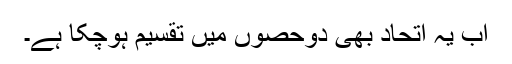
اب یہ اتحاد بھی دوحصوں میں تقسیم ہوچکا ہے۔